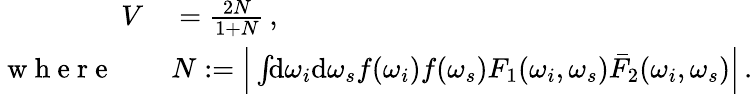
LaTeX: \begin{array}{rl}{V}&{{}=\frac{2N}{1+N}\, ,}\\ {\mathrm{~w~h~e~r~e~}\quad}&{{}N:=\Big|\int\! \! \mathrm{d}\omega_{i}\mathrm{d}\omega_{s}f(\omega_{i})f(\omega_{s})F_{1}(\omega_{i},\omega_{s})\bar{F}_{2}(\omega_{i},\omega_{s})\Big|\, .}\end{array}